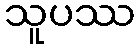
သူပဿ